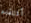
أفتقده